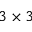
3 \times 3